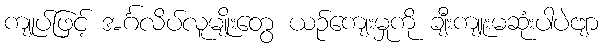
ကျုပ်ဖြင့် အင်္ဂလိပ်လူမျိုးတွေ ယဉ်ကျေးမှုကို ချီးကျူးမဆုံးပါပဲဗျာ